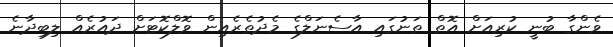
ވެންގާ ބުނީ ކުރިއަށް އޮތް ތަނުގައި އާސެނަލްގެ މެދުތެރެއިން ވޮލްކޮޓަށް ދައުރެއް ލިބިދާނެ